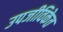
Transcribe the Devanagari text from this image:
उपजीविकेत